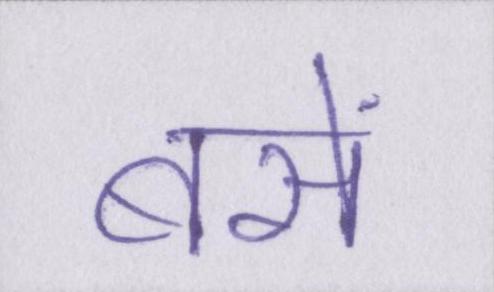
बसें